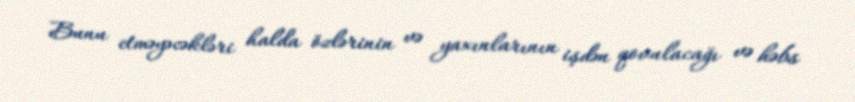
Bunu etməyəcəkləri halda özlərinin və yaxınlarının işdən qovulacağı və həbs